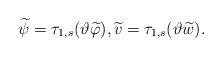
LaTeX: \begin{align*} \widetilde{\psi}=\tau_{1,s}(\vartheta \widetilde{\varphi}), \widetilde{v}= \tau_{1,s}(\vartheta \widetilde{w}).\end{align*}